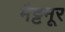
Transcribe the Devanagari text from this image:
मैट्टनूर